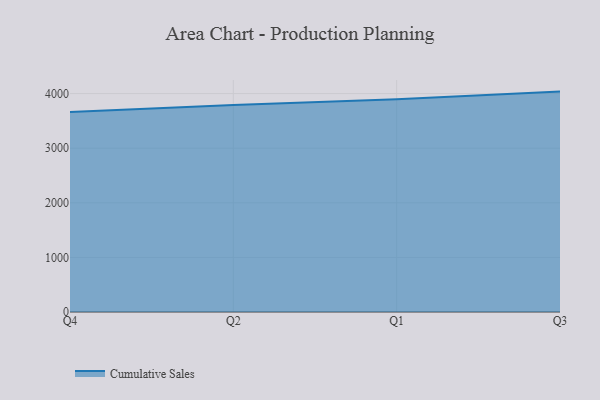
{"axis": {"x": "Quarter", "y": "Tickets Resolved"}, "legend": ["Cumulative Sales"], "data": [{"x": "Q4", "y": 3661.9, "type": "Cumulative Sales"}, {"x": "Q2", "y": 3789.5, "type": "Cumulative Sales"}, {"x": "Q1", "y": 3895.3, "type": "Cumulative Sales"}, {"x": "Q3", "y": 4036.4, "type": "Cumulative Sales"}]}